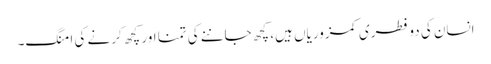
انسان کی دو فطری کمزوریاں ہیں، کچھ جاننے کی تمنا اور کچھ کرنے کی امنگ۔